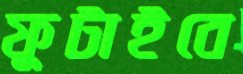
ফুটাইবে